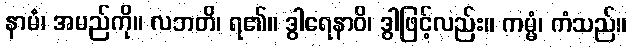
နာမံ၊ အမည်ကို။ လဘတိ၊ ရ၏။ ဒွါရေနာဝိ၊ ဒွါဖြင့်လည်း။ ကမ္မံ၊ ကံသည်။